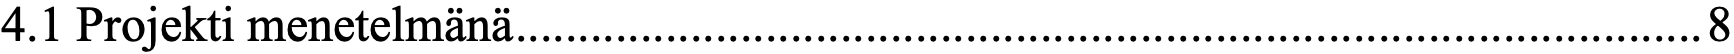
4.1 Projekti menetelmänä ............................................................................................... 8